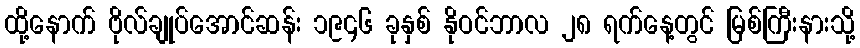
ထို့နောက် ဗိုလ်ချုပ်အောင်ဆန်း ၁၉၄၆ ခုနှစ် နိုဝင်ဘာလ ၂၈ ရက်နေ့တွင် မြစ်ကြီးနားသို့